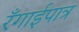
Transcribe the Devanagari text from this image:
रँगाईपात्र